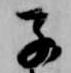
子